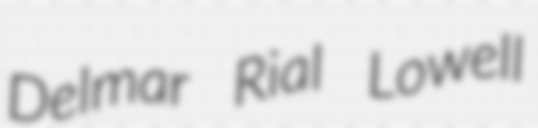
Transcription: Delmar Rial Lowell